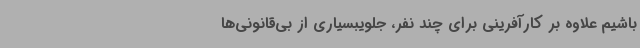
باشیم علاوه بر کارآفرینی برای چند نفر، جلویبسیاری از بی‌قانونی‌ها